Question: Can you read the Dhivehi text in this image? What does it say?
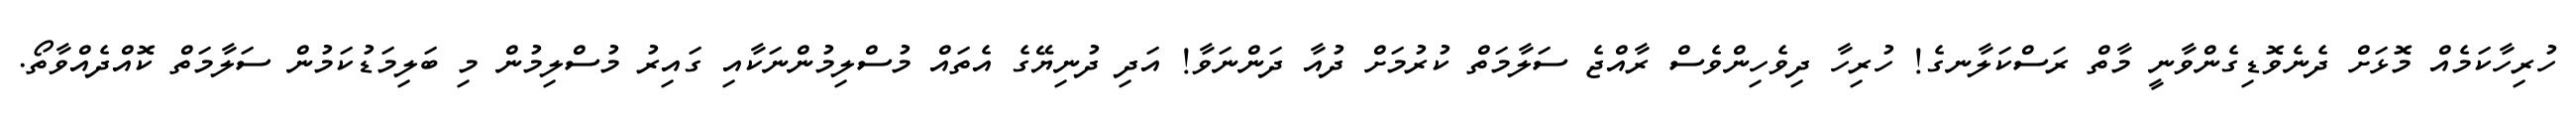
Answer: ހުރިހާކަމެއް މޮޅަށް ދެނެވޮޑިގެންވާނީ މާތް ރަސްކަލާނގެ! ހުރިހާ ދިވެހިންވެސް ރާއްޖެ ސަލާމަތް ކުރުމަށް ދުއާ ދަންނަވާ! އަދި ދުނިޔޭގެ އެތައް މުސްލިމުންނަކާއި ގައިރު މުސްލިމުން މި ބަލިމަޑުކަމުން ސަލާމަތް ކޮއްދެއްވާތޯ.